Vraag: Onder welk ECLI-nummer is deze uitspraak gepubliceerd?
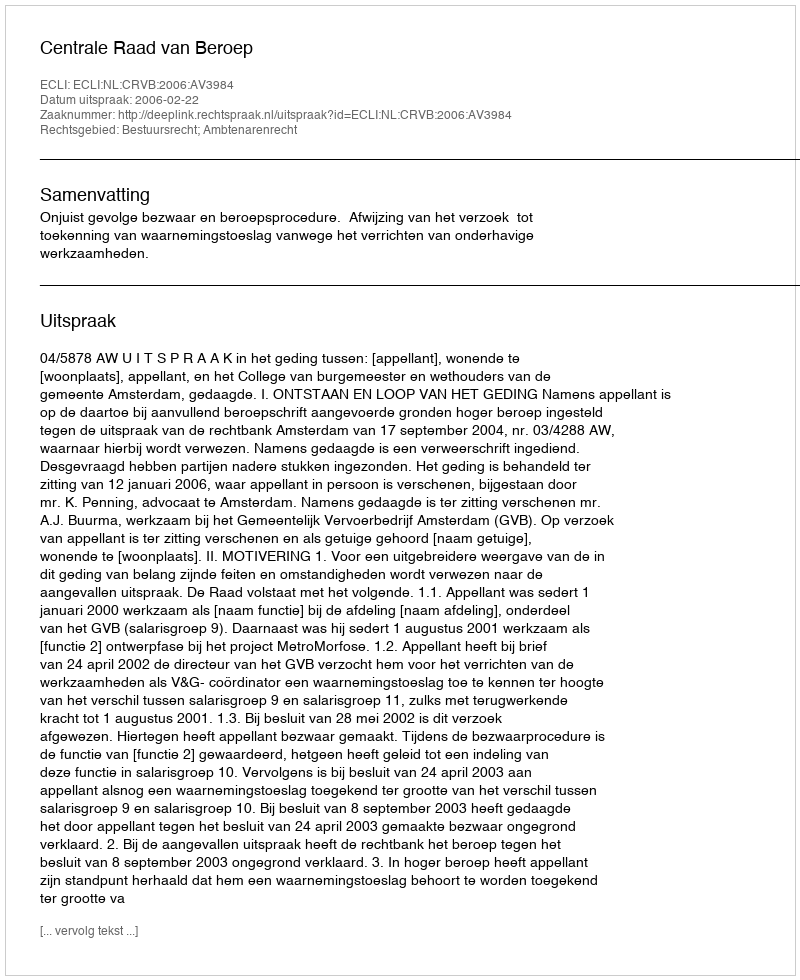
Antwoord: ECLI:NL:CRVB:2006:AV3984